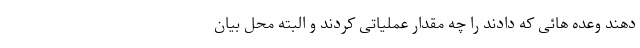
دهند وعده هائی که دادند را چه مقدار عملیاتی کردند و البته محل بیان